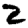
Digit: 2